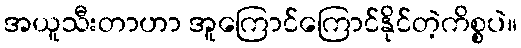
အယူသီးတာဟာ အူကြောင်ကြောင်နိုင်တဲ့ကိစ္စပဲ။